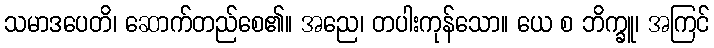
သမာဒပေတိ၊ ဆောက်တည်စေ၏။ အညေ၊ တပါးကုန်သော။ ယေ စ ဘိက္ခူ၊ အကြင်